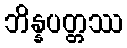
ဘိန္နပတ္တဿ